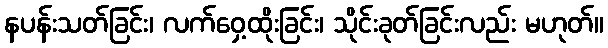
နပန်းသတ်ခြင်း၊ လက်ဝှေ့ထိုးခြင်း၊ သိုင်းခုတ်ခြင်းလည်း မဟုတ်။